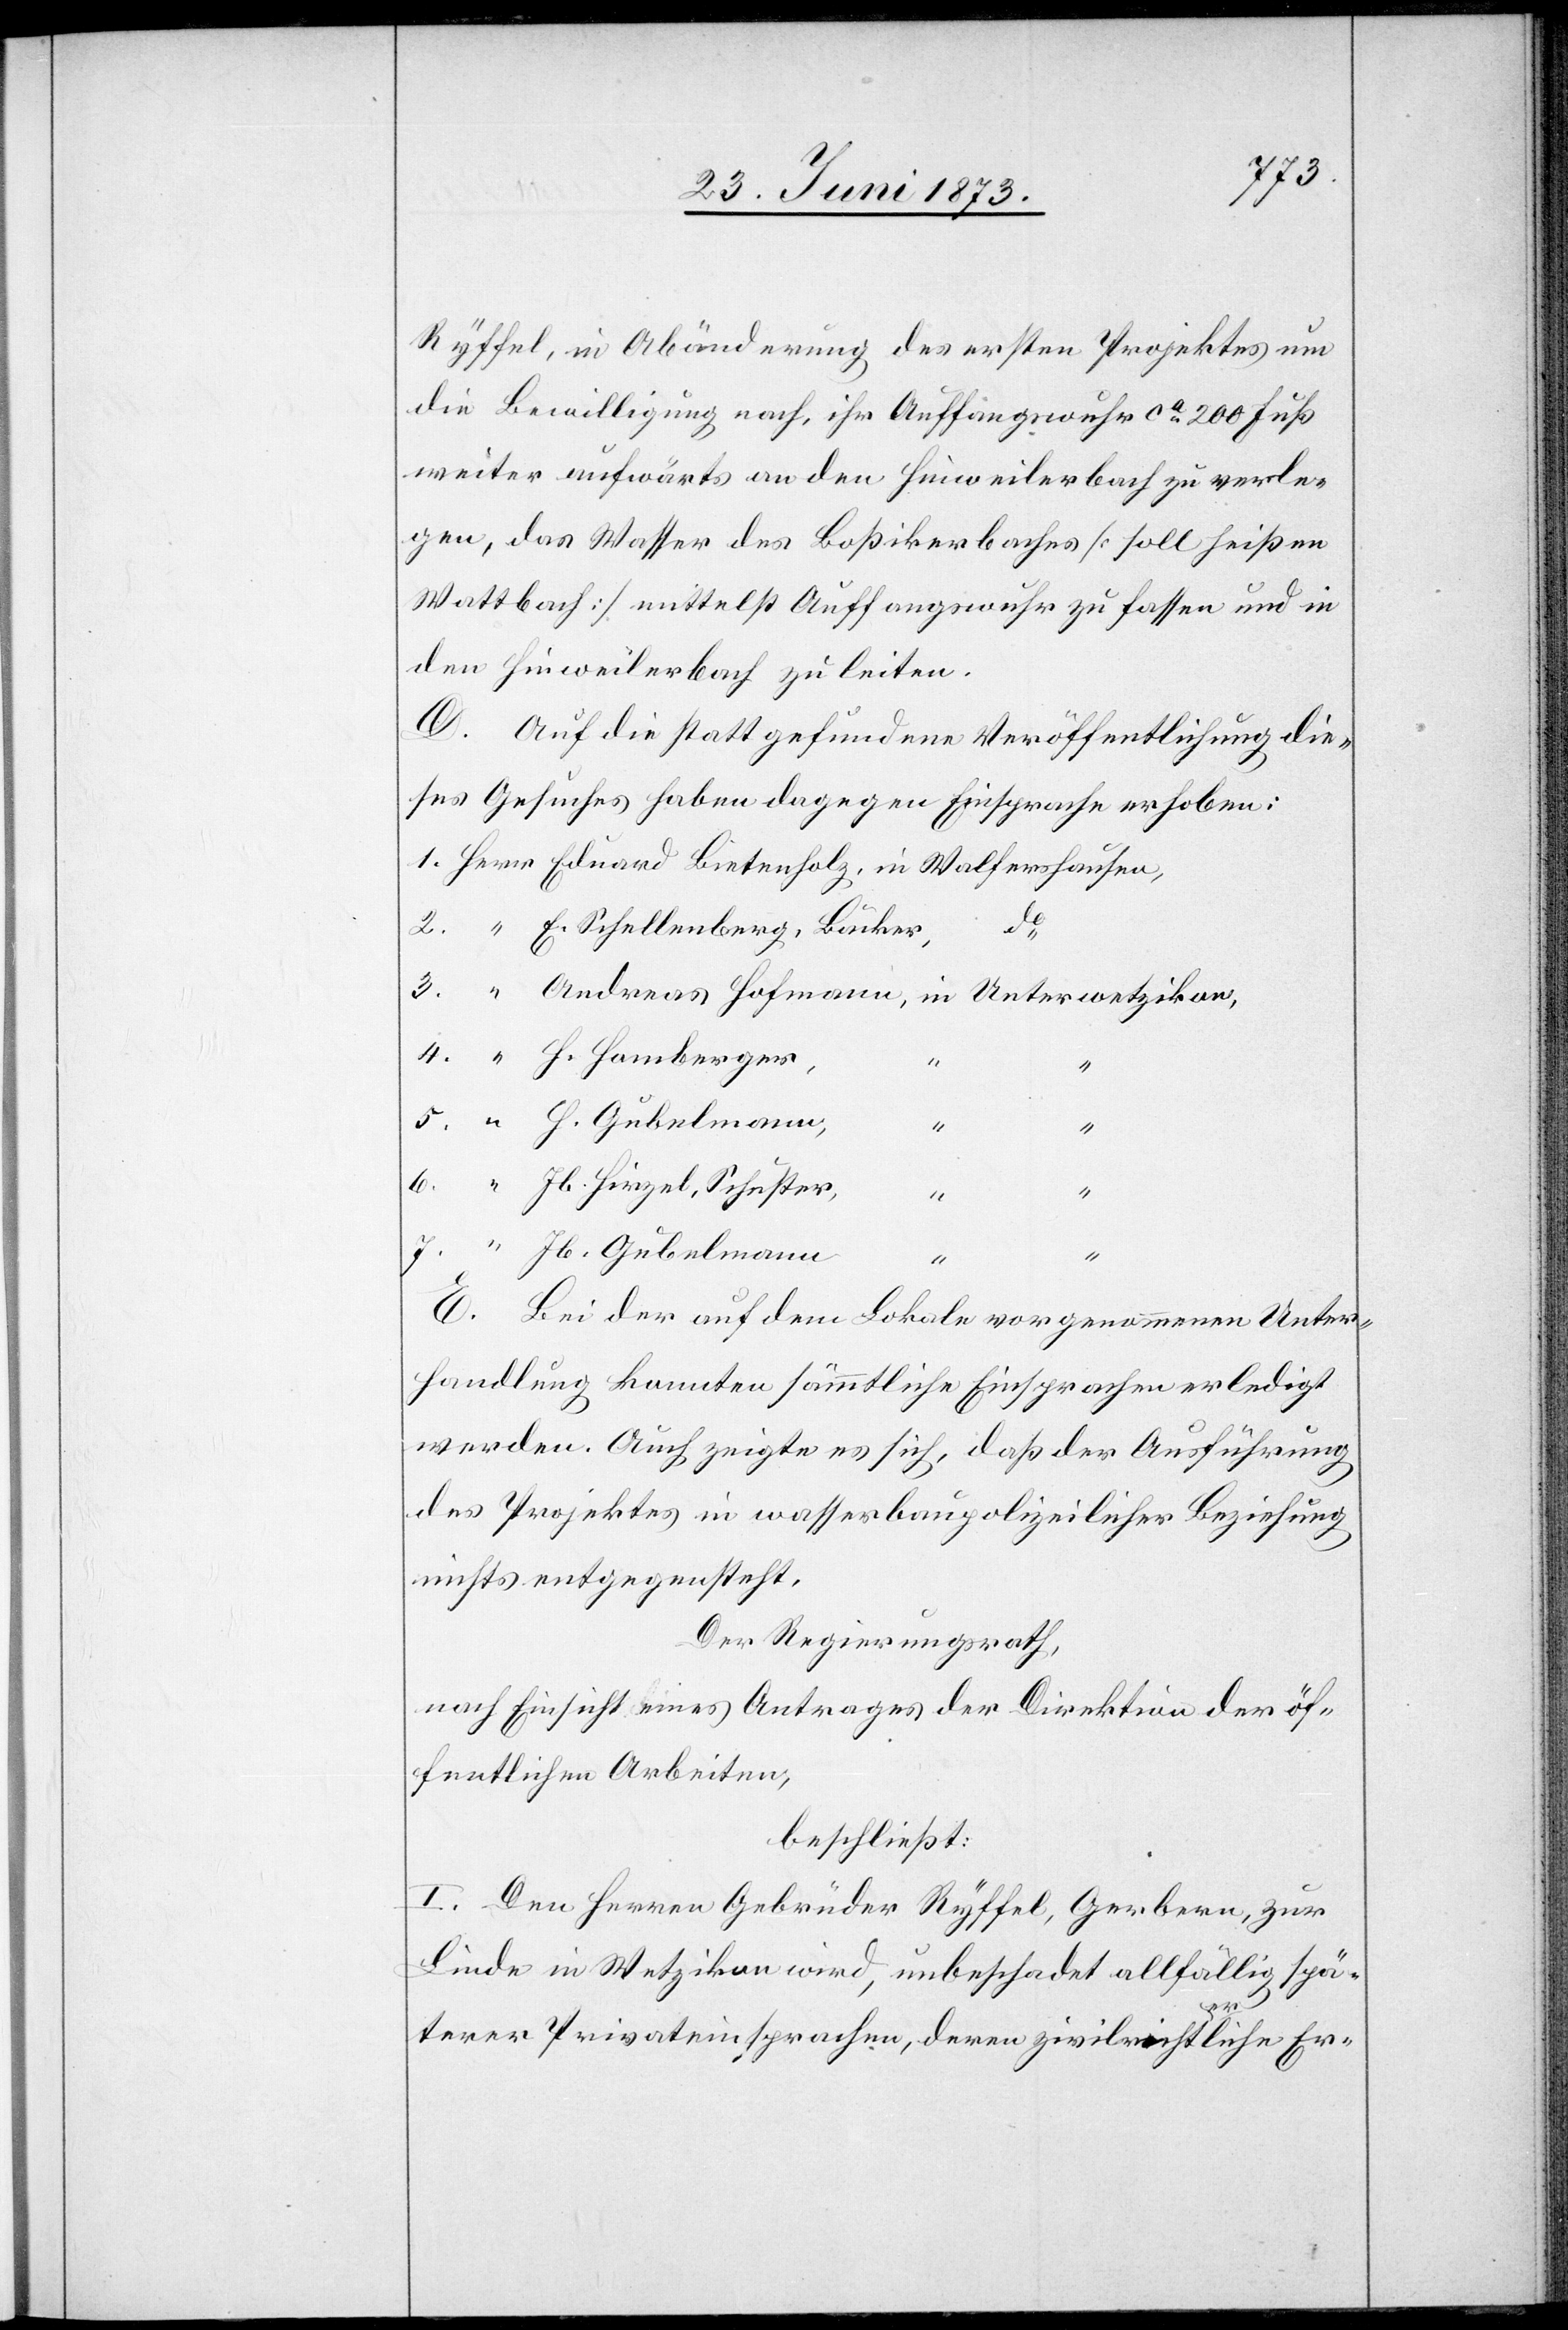
Ryffel, in Abänderung des ersten Projektes um
die Bewilligung nach, ihr Auffangswuhr ca 200 Fuß
weiter aufwärts an den Hinweilerbach zu verle¬
gen, das Wasser des Boßikerbaches [soll heißen
Wattbach] mittelst Auffangswuhr zu fassen und in
den Hinweilerbach zu leiten.
D. Auf die stattgefundene Veröffentlichung die¬
ses Gesuches haben dagegen Einsprache erhoben:
H.
E. Schellenberg, Bäcker,
1.
4.
Jb. Hirzel, Schuster,
“
E. Bei der auf dem Lokale vorgenommenen Unter¬
handlung konnten sämmtliche Einsprachen erledigt
werden. Auch zeigte es sich, daß der Ausführung
des Projektes in wasserbaupolizeilicher Beziehung
nichts entgegensteht.
Der Regierungsrath,
nach Einsicht eines Antrages der Direktion der öf¬
fentlichen Arbeiten,
beschließt:
I. Den Herren Gebrüder Ryffel, Gerbern, zur
Linde in Wetzikon wird, unbeschadet allfällig spä¬
7.
terer Privateinsprachen, deren zivilrichterliche Er-